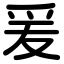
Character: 爰